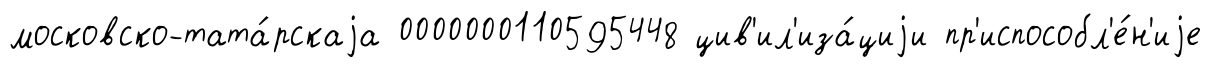
московско-тата́рскаjа 0000000110595448 цив'ил'иза́циjи пр'испособл'е́н'иjе